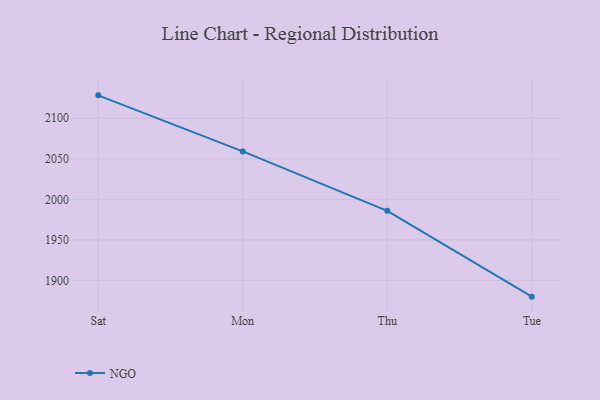
{"axis": {"x": "Day", "y": "Satisfaction Score"}, "legend": ["NGO"], "data": [{"x": "Sat", "y": 2128.2, "type": "NGO"}, {"x": "Mon", "y": 2059.1, "type": "NGO"}, {"x": "Thu", "y": 1985.8, "type": "NGO"}, {"x": "Tue", "y": 1880.0, "type": "NGO"}]}